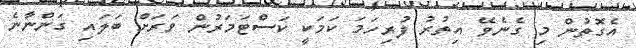
އެގޮތުން މި ގެނެވޭ އިތުރު ފުރިހަމަ ކަމަކީ ކަސްޓަމަރުން ވަރަށް ބަލައި ގަންނާނެ